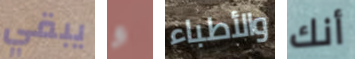
يبقي و والأطباء أنك